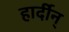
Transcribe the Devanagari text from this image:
हार्दीन्